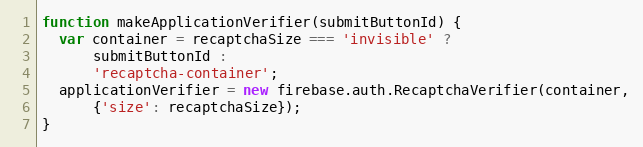
Language: JavaScript
function makeApplicationVerifier(submitButtonId) {
  var container = recaptchaSize === 'invisible' ?
      submitButtonId :
      'recaptcha-container';
  applicationVerifier = new firebase.auth.RecaptchaVerifier(container,
      {'size': recaptchaSize});
}